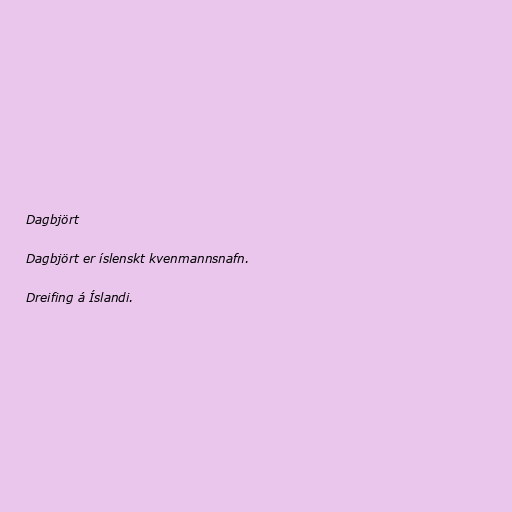
Dagbjört

Dagbjört er íslenskt kvenmannsnafn.

Dreifing á Íslandi.